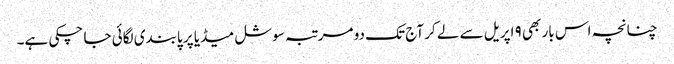
چنانچہ اس بار بھی ۹ اپریل سے لے کر آج تک دو مرتبہ سوشل میڈیا پر پابندی لگائی جا چکی ہے۔